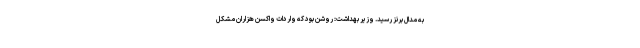
به مدال برنز رسید. وزیر بهداشت: روشن بود که واردات واکسن هزاران مشکل